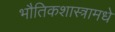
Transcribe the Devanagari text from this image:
भौतिकशास्त्रामधे